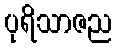
ပုရိသာဇည